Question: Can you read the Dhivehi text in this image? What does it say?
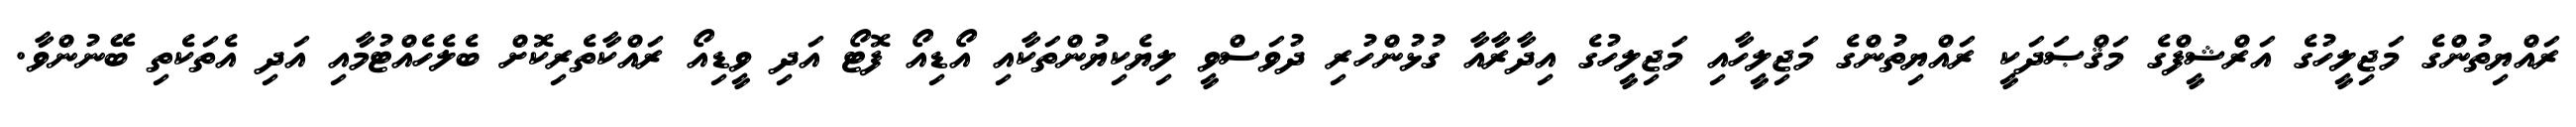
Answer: ރައްޔިތުންގެ މަޖިލީހުގެ އަރްޝީފްގެ މަޤްޞަދަކީ ރައްޔިތުންގެ މަޖިލީހާއި މަޖިލީހުގެ އިދާރާއާ ގުޅުންހުރި ދުވަސްވީ ލިޔެކިޔުންތަކާއި އޯޑިއޯ ފޮޓޯ އަދި ވީޑިއޯ ރައްކާތެރިކޮށް ބެލެހެއްޓުމާއި އަދި އެތަކެތި ބޭނުންވާ.